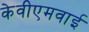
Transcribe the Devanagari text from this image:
केवीएमवाई